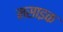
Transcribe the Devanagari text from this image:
मसाइक